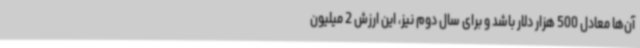
آن‌ها معادل 500 هزار دلار باشد و برای سال دوم نیز، این ارزش 2 میلیون